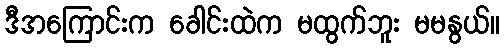
ဒီအကြောင်းက ခေါင်းထဲက မထွက်ဘူး မမနွယ်။